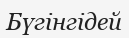
Бүгінгідей